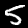
Label: 5